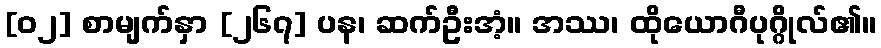
[၀၂] စာမျက်နှာ [၂၆၇] ပန၊ ဆက်ဦးအံ့။ အဿ၊ ထိုယောဂီပုဂ္ဂိုလ်၏။